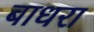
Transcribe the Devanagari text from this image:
बाधरा